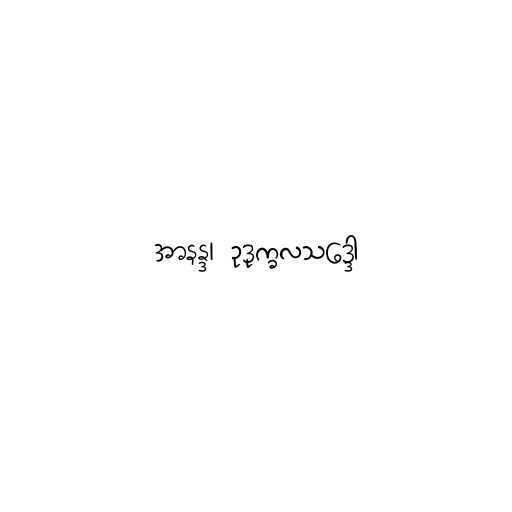
အာနန္ဒ၊ ဥဒုက္ခလသဒ္ဒော